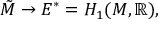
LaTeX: { \tilde { M } } \to E ^ { * } = H _ { 1 } ( M , \mathbb { R } ) ,